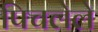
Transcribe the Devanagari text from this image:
पिचलेले